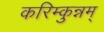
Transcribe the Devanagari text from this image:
करिम्कुन्नम्